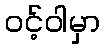
ဝင့်ဝါမှာ